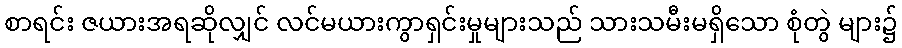
စာရင်း ဇယားအရဆိုလျှင် လင်မယားကွာရှင်းမှုများသည် သားသမီးမရှိသော စုံတွဲ များ၌